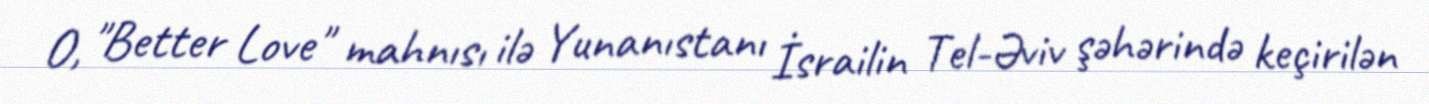
O, "Better Love" mahnısı ilə Yunanıstanı İsrailin Tel-Əviv şəhərində keçirilən